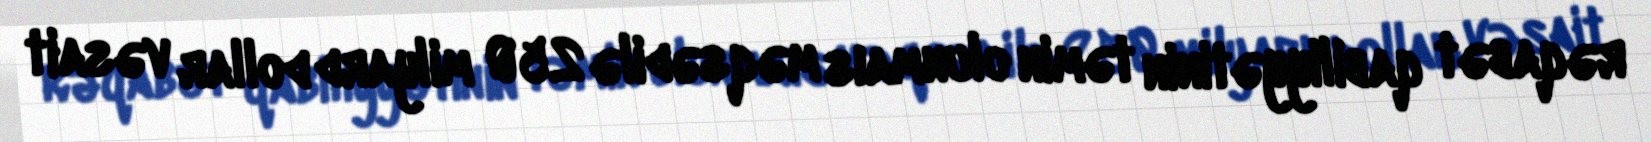
rəqabət qabiliyyətinin təmin olunmaıs məqsədilə 250 milyard dollar vəsait